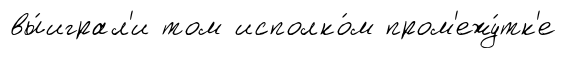
вы́играл'и том исполко́м пром'ежу́тк'е